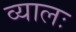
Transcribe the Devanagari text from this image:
व्यालः